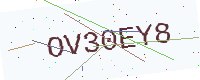
Text: OV30EY8